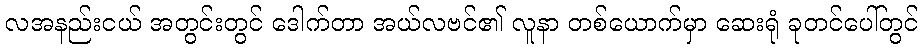
လအနည်းငယ် အတွင်းတွင် ဒေါက်တာ အယ်လဗင်၏ လူနာ တစ်ယောက်မှာ ဆေးရုံ ခုတင်ပေါ်တွင်